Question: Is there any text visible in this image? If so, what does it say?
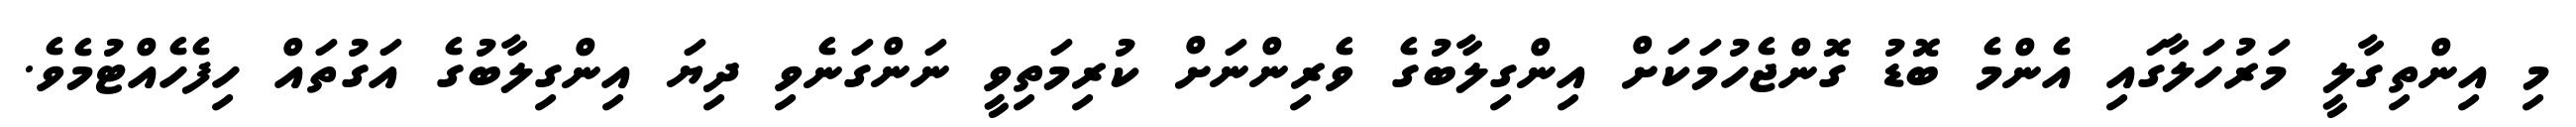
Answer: މި އިންތިގާލީ މަރުހަލާގައި އެންމެ ބޮޑު ގޮންޖެހުމަކަށް އިންގިލާބުގެ ވެރިންނަށް ކުރިމަތިވީ ނަންގަނެވި ދިޔަ އިންގިލާބުގެ އަގުތައް ހިފެހެއްޓުމެވެ.